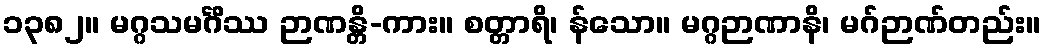
၁၃၈၂။ မဂ္ဂသမင်္ဂိဿ ဉာဏန္တိ-ကား။ စတ္တာရိ၊ န်သော။ မဂ္ဂဉာဏာနိ၊ မဂ်ဉာဏ်တည်း။